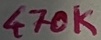
Text: 470K